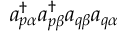
a _ { p \alpha } ^ { \dagger } a _ { p \beta } ^ { \dagger } a _ { q \beta } a _ { q \alpha }